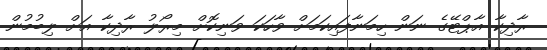
ރާދިކާ އާޕްޓޭގެ ނަން ހިމަނާފައިކަމަށް ވާހަކަ ވަނިކޮށް މިރޯލު ރާދިކާ އަށް ލިބުމުން